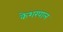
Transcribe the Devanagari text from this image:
केशरपाल